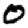
Digit: 0